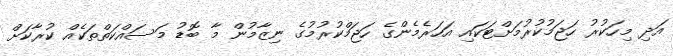
އަދި މިހަކުރު ހަޖަމުކުރުމަށްޓަކައި އަހަރެމެންގެ ހަޖަމްކުރުމުގެ ނިޒާމުން މާ ބޮޑު މަސައްކަތްތަކެއް ކުރާކަށް